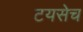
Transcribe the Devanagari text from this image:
टयसेच